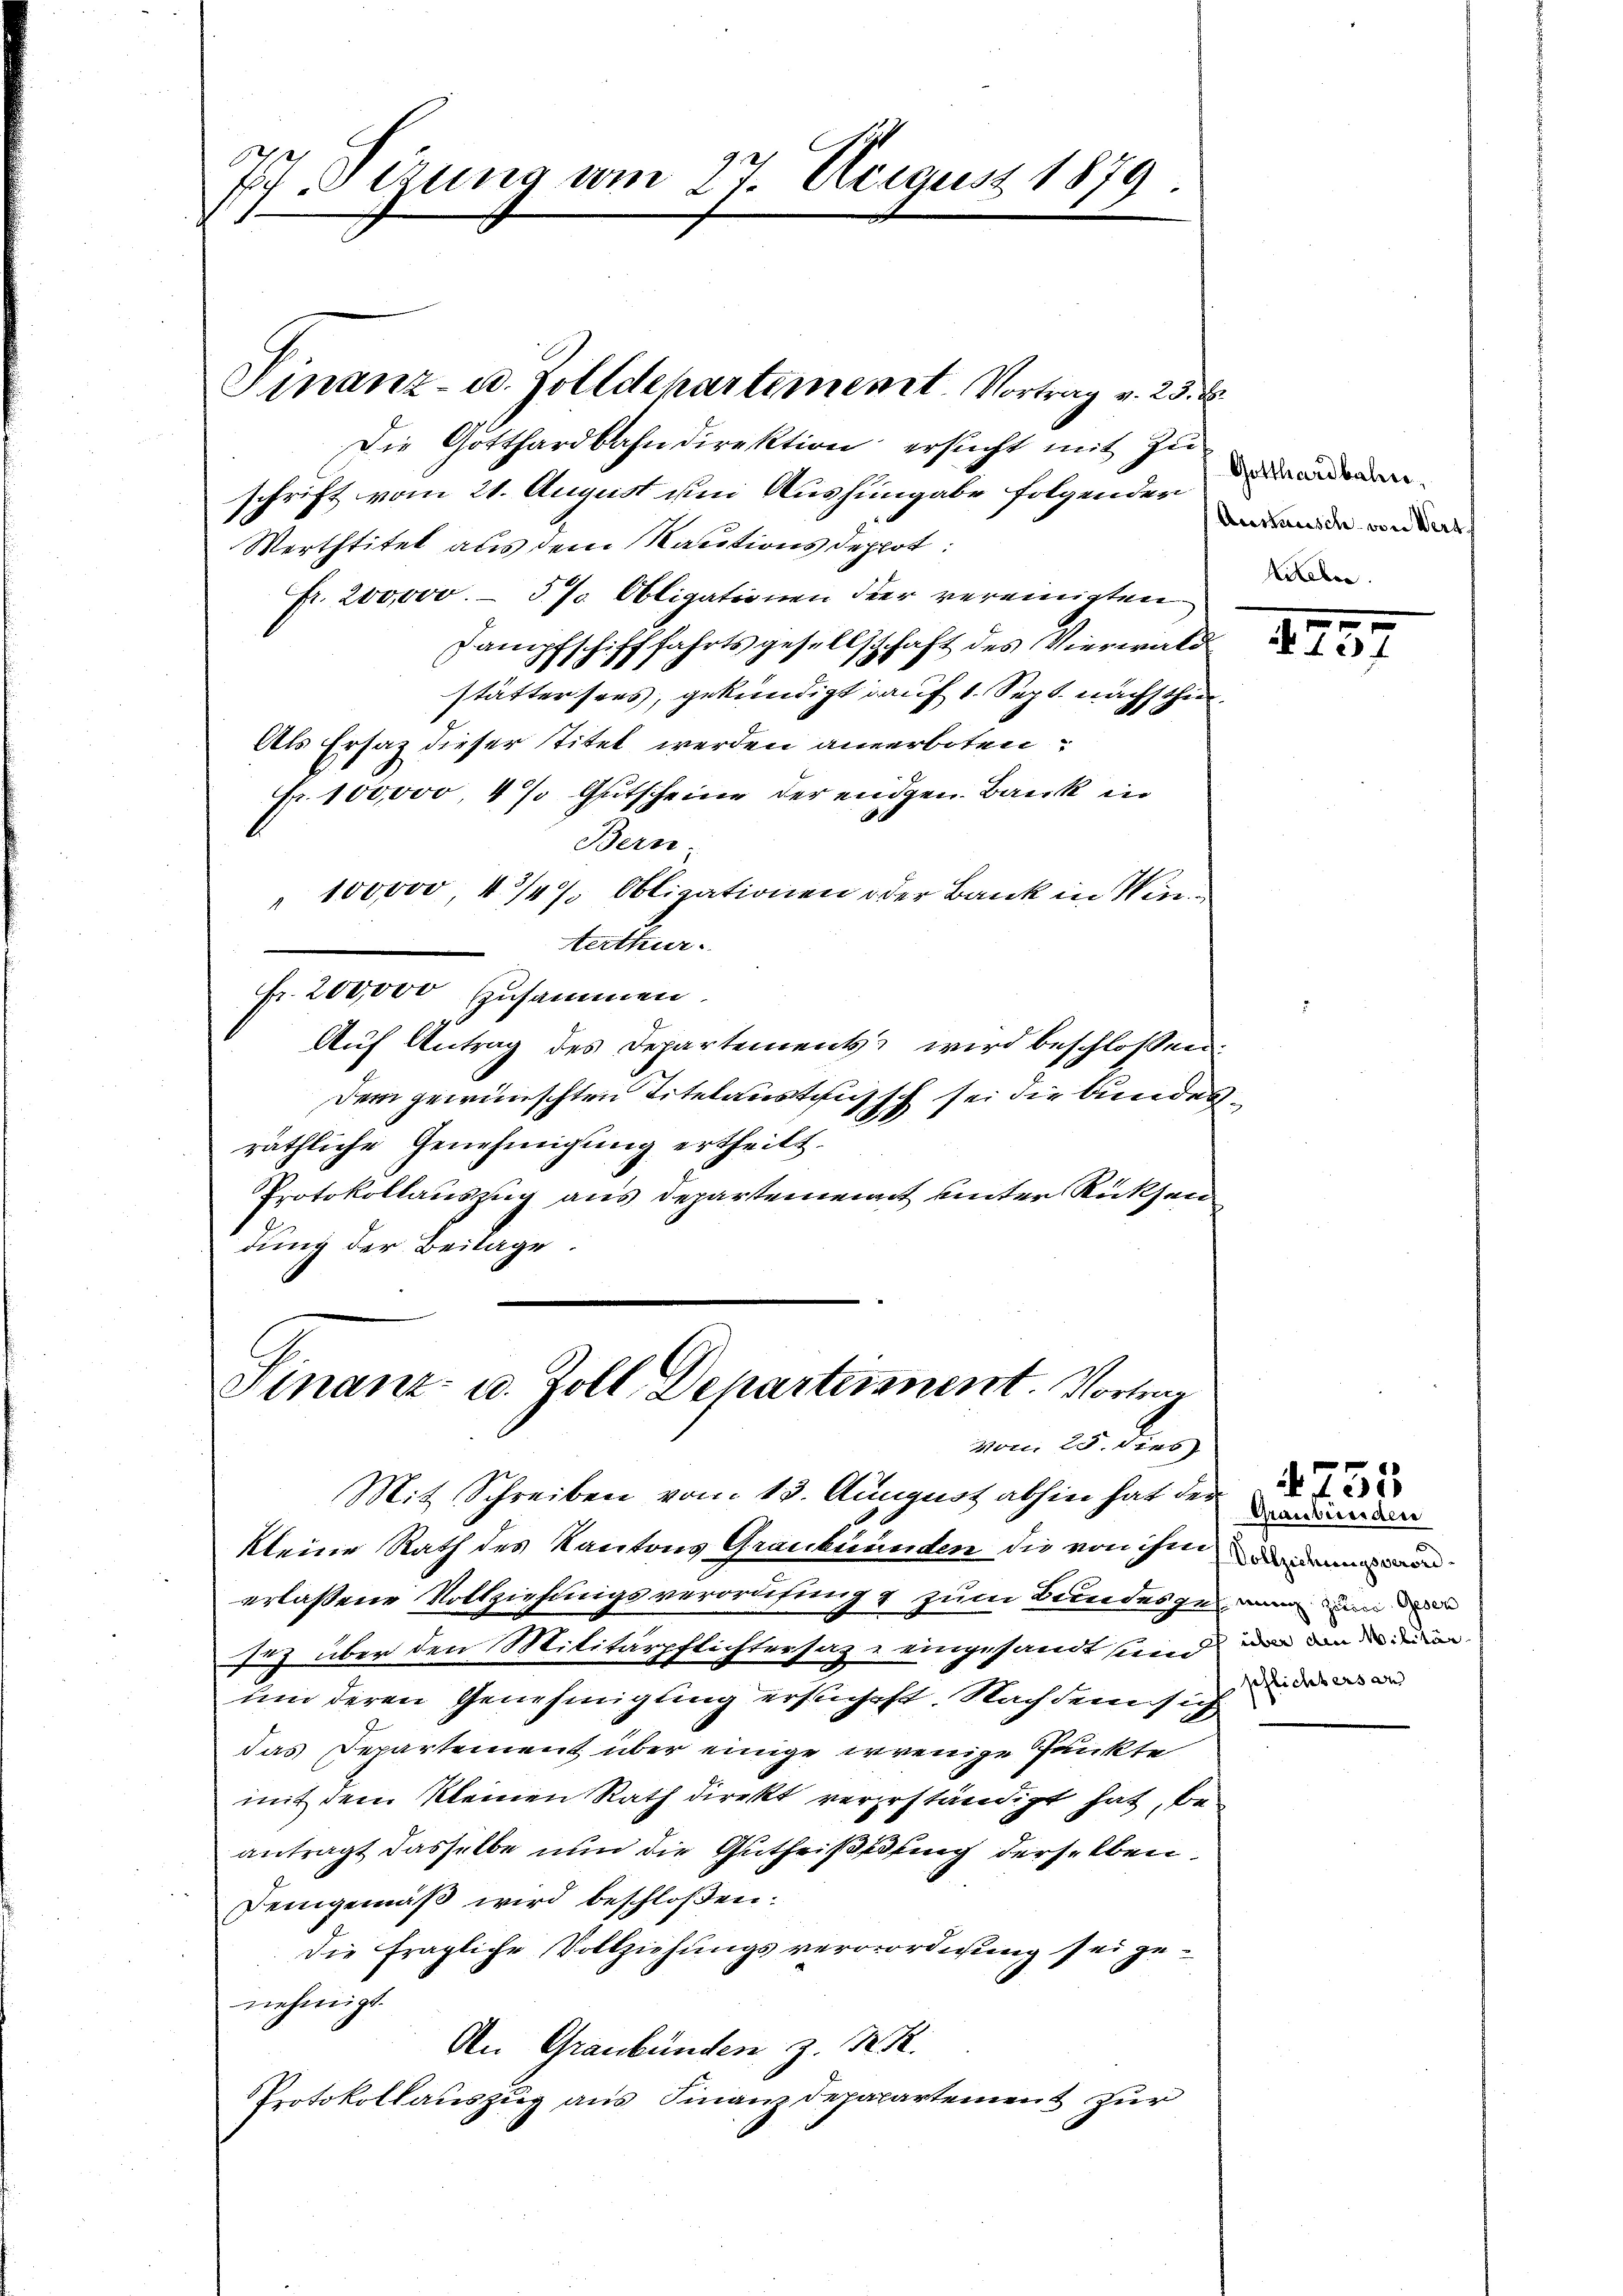
77. Sizung vom 27. August 1879.

Die Gotthardbahndirektion ersucht mit Zu
schrift vom 21. August um Aushingabe folgender
Werttitel aus dem Kautions deppot:
Fr. 200,000. - 5 % Obligationen der vereinigten
Hampfschiftfahrtsgesellschaft des Vierwald
.
stättersees, gekündigt auf 1. Sept. nachschie¬
Als Ersatz dieser Titel werden anverboten
Fr. 100,000, 4 % Gutscheine der eidgen. Bank in
Bern.
" 100,000, 4 3/4% Obligationen oder Bank in Winerthur.
Fr. 200,000 zusammen.
Auf Antrag des Departements wird beschloßen:
Dem gewünschten Titelaustiussch sei die bundes
räthliche Genehmigung ertheilt.
Protokollauszug aus Departement unter Rücksen
dung der Beilage.

Finanz- u. Zolldepartement. Vortrag v. 25. d.

Finanz- u. Zoll Departement. Vortrag
von 25. dies

Mit Schreiben vom 13. August abhin hat der
kleine Rath des Kantons Graubünden die von ihn
erlassene Vollziehungsverordnung & zum Bundesgewinn de
sich über den Militärpflichtersaz, eingesandt sein
um deren Genehmigung ersuchest. Nachdem sich
das Departement über einige irrenige Punkte
mit dem kleinen Rath direkt vererständigt hat, be-
antragt dasselbe nun die Gutheißeduung derselben
Deingemäß wird beschloßen:
die fragliche Vollziehungsverorordnung sei genehmigt.
An Graubünden z. K. K.
Protokollauszug aus Finanzdepapartement zur

Gotthardbahne,
Austausch von Wert
Lieben.

s

1797

über ain Militär
pflichters an

4755
Graubeierden